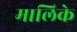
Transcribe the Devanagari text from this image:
मालिके